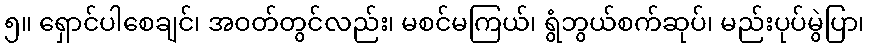
၅။ ရှောင်ပါစေချင်၊ အဝတ်တွင်လည်း၊ မစင်မကြယ်၊ ရွံဘွယ်စက်ဆုပ်၊ မည်းပုပ်မွဲပြာ၊